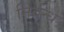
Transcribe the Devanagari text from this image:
निर्बन्ध